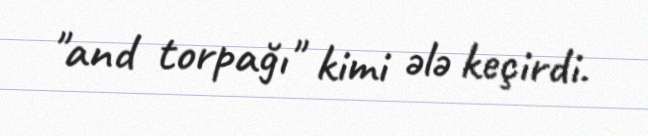
"and torpağı" kimi ələ keçirdi.